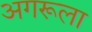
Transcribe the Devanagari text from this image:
अगरूला